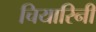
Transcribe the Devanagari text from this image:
चियारिनी